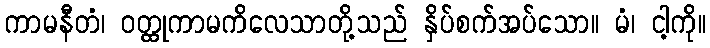
ကာမနီတံ၊ ဝတ္ထုကာမကိလေသာတို့သည် နှိပ်စက်အပ်သော။ မံ၊ ငါ့ကို။